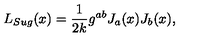
L _ { S u g } ( x ) = \frac { 1 } { 2 k } g ^ { a b } J _ { a } ( x ) J _ { b } ( x ) ,